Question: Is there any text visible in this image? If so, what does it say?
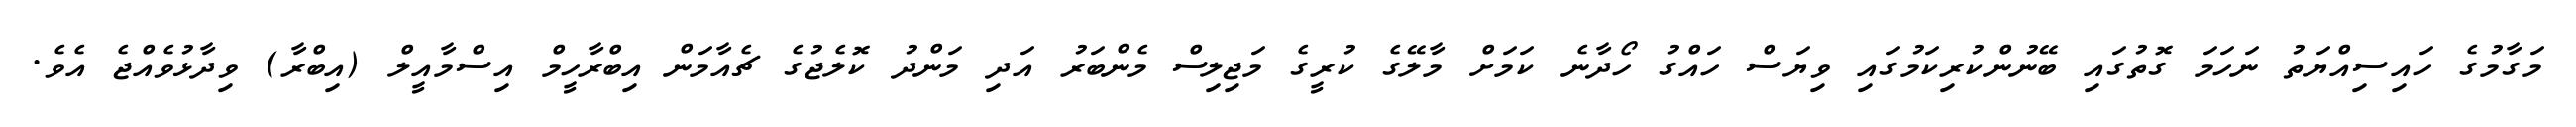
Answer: މަގާމުގެ ހައިސިއްޔަތު ނަހަމަ ގޮތުގައި ބޭނުންކުރިކަމުގައި ވިޔަސް ހައްގު ހޯދާނެ ކަމަށް މާލޭގެ ކުރީގެ މަޖިލިސް މެންބަރު އަދި މަންދު ކޮލެޖުގެ ޗެއާމަން އިބްރާހީމް އިސްމާއީލް (އިބްރާ) ވިދާޅުވެއްޖެ އެވެ.